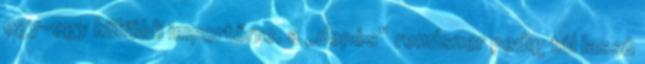
egy-egy külföldi importőrre, a „depós” rendszer pedig túl lassú